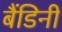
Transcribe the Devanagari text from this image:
बैंडिनी